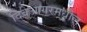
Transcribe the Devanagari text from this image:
दिवेआगरमधील